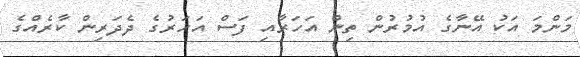
މަންމަ އަކު އޭނާގެ އުމުރުން ތިން އަހަރާއި ފަސް އަހަރުގެ ދެދަރިން ކާރެއްގެ